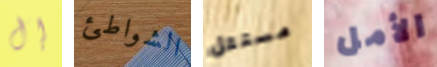
إل الشواطئ مستقل الأمل